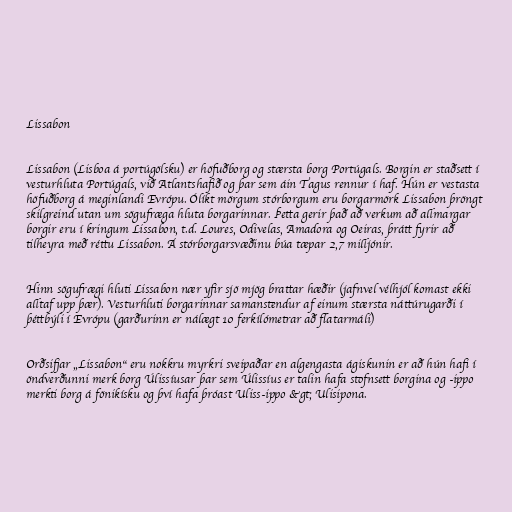
Lissabon

Lissabon (Lisboa á portúgölsku) er höfuðborg og stærsta borg Portúgals. Borgin er staðsett í
vesturhluta Portúgals, við Atlantshafið og þar sem áin Tagus rennur í haf. Hún er vestasta
höfuðborg á meginlandi Evrópu. Ólíkt mörgum stórborgum eru borgarmörk Lissabon þröngt
skilgreind utan um sögufræga hluta borgarinnar. Þetta gerir það að verkum að allmargar
borgir eru í kringum Lissabon, t.d. Loures, Odivelas, Amadora og Oeiras, þrátt fyrir að
tilheyra með réttu Lissabon. Á stórborgarsvæðinu búa tæpar 2,7 milljónir.

Hinn sögufrægi hluti Lissabon nær yfir sjö mjög brattar hæðir (jafnvel vélhjól komast ekki
alltaf upp þær). Vesturhluti borgarinnar samanstendur af einum stærsta náttúrugarði í
þéttbýli í Evrópu (garðurinn er nálægt 10 ferkílómetrar að flatarmáli)

Orðsifjar „Lissabon“ eru nokkru myrkri sveipaðar en algengasta ágiskunin er að hún hafi í
öndverðunni merk borg Úlissíusar þar sem Úlissíus er talin hafa stofnsett borgina og -ippo
merkti borg á fönikísku og því hafa þróast Uliss-ippo &gt; Ulisipona.